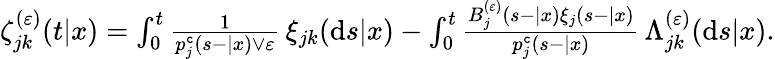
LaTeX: \begin{array}{r}{\zeta_{jk}^{(\varepsilon)}(t|x)=\int_{0}^{t}\frac{1}{p_{j}^{\texttt{c}}(s-|x)\vee\varepsilon}\, \xi_{jk}(\mathrm{d}s|x)-\int_{0}^{t}\frac{B_{j}^{(\varepsilon)}(s-|x)\xi_{j}(s-|x)}{p_{j}^{\texttt{c}}(s-|x)}\, \Lambda_{jk}^{(\varepsilon)}(\mathrm{d}s|x).}\end{array}